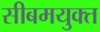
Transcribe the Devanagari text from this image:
सीबमयुक्त